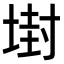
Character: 𡎈